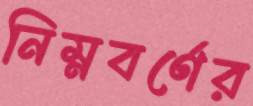
নিম্নবর্ণের